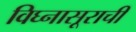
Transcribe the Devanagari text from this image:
विघ्‍नासूराची